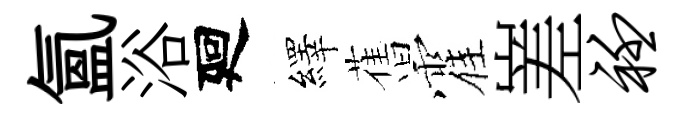
氳浴廻繹𦾔霍嵳衽